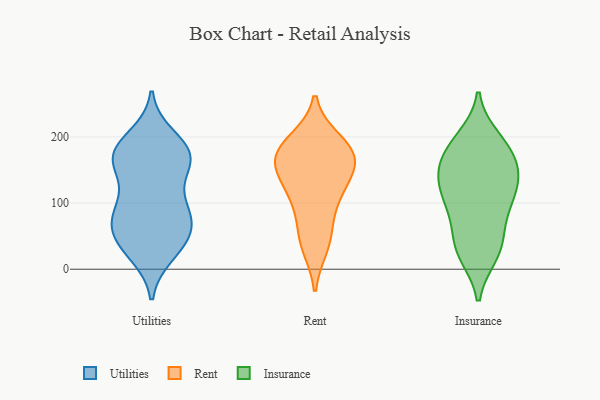
{"axis": {"x": "Demand Index", "y": "Value"}, "legend": ["Insurance", "Rent", "Utilities"], "data": [{"x": "", "y": 95, "type": "Utilities"}, {"x": "", "y": 41, "type": "Utilities"}, {"x": "", "y": 121, "type": "Utilities"}, {"x": "", "y": 80, "type": "Utilities"}, {"x": "", "y": 163, "type": "Utilities"}, {"x": "", "y": 158, "type": "Utilities"}, {"x": "", "y": 56, "type": "Utilities"}, {"x": "", "y": 85, "type": "Utilities"}, {"x": "", "y": 172, "type": "Utilities"}, {"x": "", "y": 79, "type": "Utilities"}, {"x": "", "y": 43, "type": "Utilities"}, {"x": "", "y": 183, "type": "Utilities"}, {"x": "", "y": 24, "type": "Utilities"}, {"x": "", "y": 76, "type": "Utilities"}, {"x": "", "y": 33, "type": "Utilities"}, {"x": "", "y": 172, "type": "Utilities"}, {"x": "", "y": 170, "type": "Utilities"}, {"x": "", "y": 199, "type": "Utilities"}, {"x": "", "y": 172, "type": "Utilities"}, {"x": "", "y": 177, "type": "Rent"}, {"x": "", "y": 150, "type": "Rent"}, {"x": "", "y": 107, "type": "Rent"}, {"x": "", "y": 111, "type": "Rent"}, {"x": "", "y": 54, "type": "Rent"}, {"x": "", "y": 172, "type": "Rent"}, {"x": "", "y": 176, "type": "Rent"}, {"x": "", "y": 193, "type": "Rent"}, {"x": "", "y": 36, "type": "Rent"}, {"x": "", "y": 148, "type": "Rent"}, {"x": "", "y": 155, "type": "Insurance"}, {"x": "", "y": 197, "type": "Insurance"}, {"x": "", "y": 185, "type": "Insurance"}, {"x": "", "y": 105, "type": "Insurance"}, {"x": "", "y": 124, "type": "Insurance"}, {"x": "", "y": 43, "type": "Insurance"}, {"x": "", "y": 139, "type": "Insurance"}, {"x": "", "y": 176, "type": "Insurance"}, {"x": "", "y": 76, "type": "Insurance"}, {"x": "", "y": 27, "type": "Insurance"}, {"x": "", "y": 106, "type": "Insurance"}, {"x": "", "y": 144, "type": "Insurance"}, {"x": "", "y": 33, "type": "Insurance"}, {"x": "", "y": 186, "type": "Insurance"}, {"x": "", "y": 23, "type": "Insurance"}, {"x": "", "y": 144, "type": "Insurance"}, {"x": "", "y": 97, "type": "Insurance"}]}